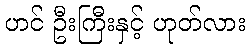
ဟင် ဦးကြီးနှင့် ဟုတ်လား